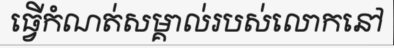
ធ្វើកំណត់សម្គាល់របស់លោកនៅ